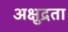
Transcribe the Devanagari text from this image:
अक्षुद्रता